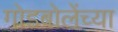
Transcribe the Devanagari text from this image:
गोडबोलेंच्या